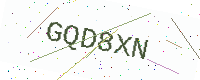
Text: GQD8XN